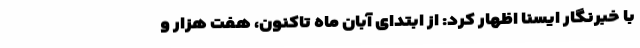
با خبرنگار ایسنا اظهار کرد: از ابتدای آبان ماه تاکنون، هفت هزار و